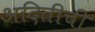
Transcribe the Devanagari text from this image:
अदितीची